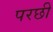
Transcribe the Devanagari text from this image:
परछी